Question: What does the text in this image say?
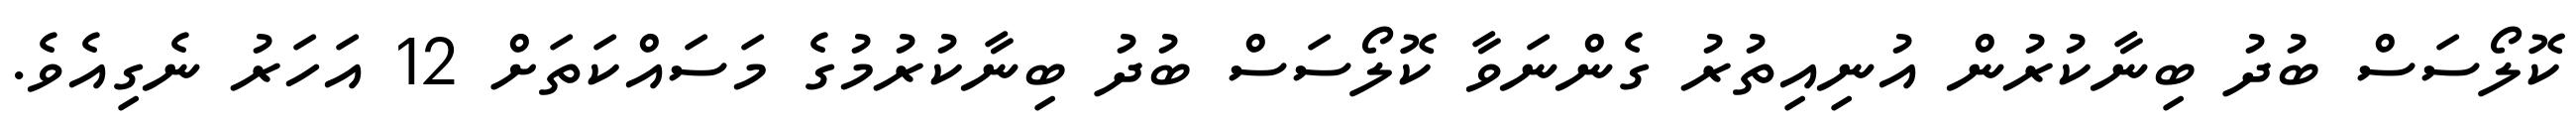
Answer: ކޮލޯސަސް ބުދު ބިނާކުރުން އުނިއިތުރު ގެންނަވާ ކޮލޯސަސް ބުދު ބިނާކުރުމުގެ މަސައްކަތަށް 12 އަހަރު ނެގިއެވެ.